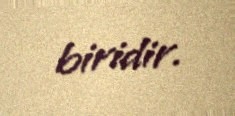
biridir.